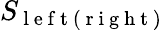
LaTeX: S_{\mathrm{~l~e~f~t~}(\mathrm{~r~i~g~h~t~})}